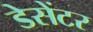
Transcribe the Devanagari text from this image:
डेसेंटर